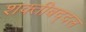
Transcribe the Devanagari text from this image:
शक्तीबद्दल